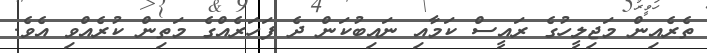
ތެރެއިން މަޖިލީހުގެ ރައީސް ކަމާއި ނައިބުކަން ދެ ފަހަރެއްގެ މަތިން ކުރެއްވި އެވެ.